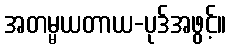
အတမ္မယတာယ-ပုဒ်အဖွင့်။